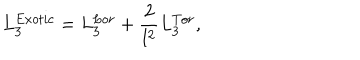
L _ { 3 } ^ { E x o t i c } = L _ { 3 } ^ { L o r } + \frac { 2 } { l ^ { 2 } } L _ { 3 } ^ { T o r } ,